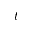
t